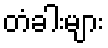
တံခါးများ